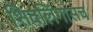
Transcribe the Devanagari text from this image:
शिवलिंगासच